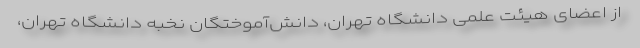
از اعضای هیئت علمی دانشگاه تهران، دانش‌آموختگان نخبه دانشگاه تهران،